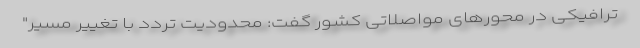
ترافیکی در محورهای مواصلاتی کشور گفت: محدودیت تردد با تغییر مسیر"